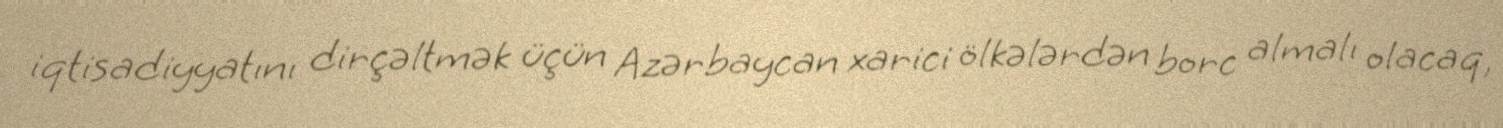
iqtisadiyyatını dirçəltmək üçün Azərbaycan xarici ölkələrdən borc almalı olacaq,